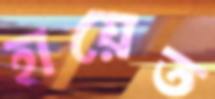
হায়েত